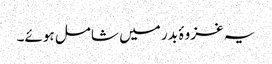
یہ غزوۂ بدر میں شامل ہوئے۔